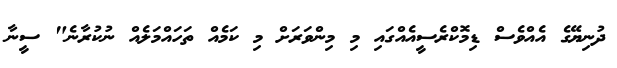
ދުނިޔޭގެ އެއްވެސް ޑިމޮކްރެސީއެއްގައި މި މިންވަރަށް މި ކަމެއް ތަހައްމަލެއް ނުކުރާނެ" ސީނާ